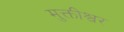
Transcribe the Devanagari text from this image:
मुक्तीश्वर